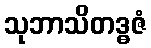
သုဘာသိတဒ္ဓဇံ